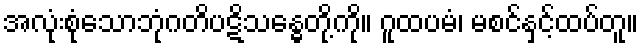
အလုံးစုံသောဘုံဂတိပဋိသန္ဓေတို့ကို။ ဂူထပမံ၊ မစင်နှင့်ထပ်တူ။